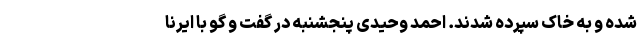
شده و به خاک سپرده شدند. احمد وحیدی پنجشنبه در گفت و گو با ایرنا